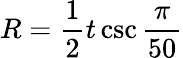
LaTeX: R={\frac{1}{2}}t\csc{\frac{\pi}{50}}